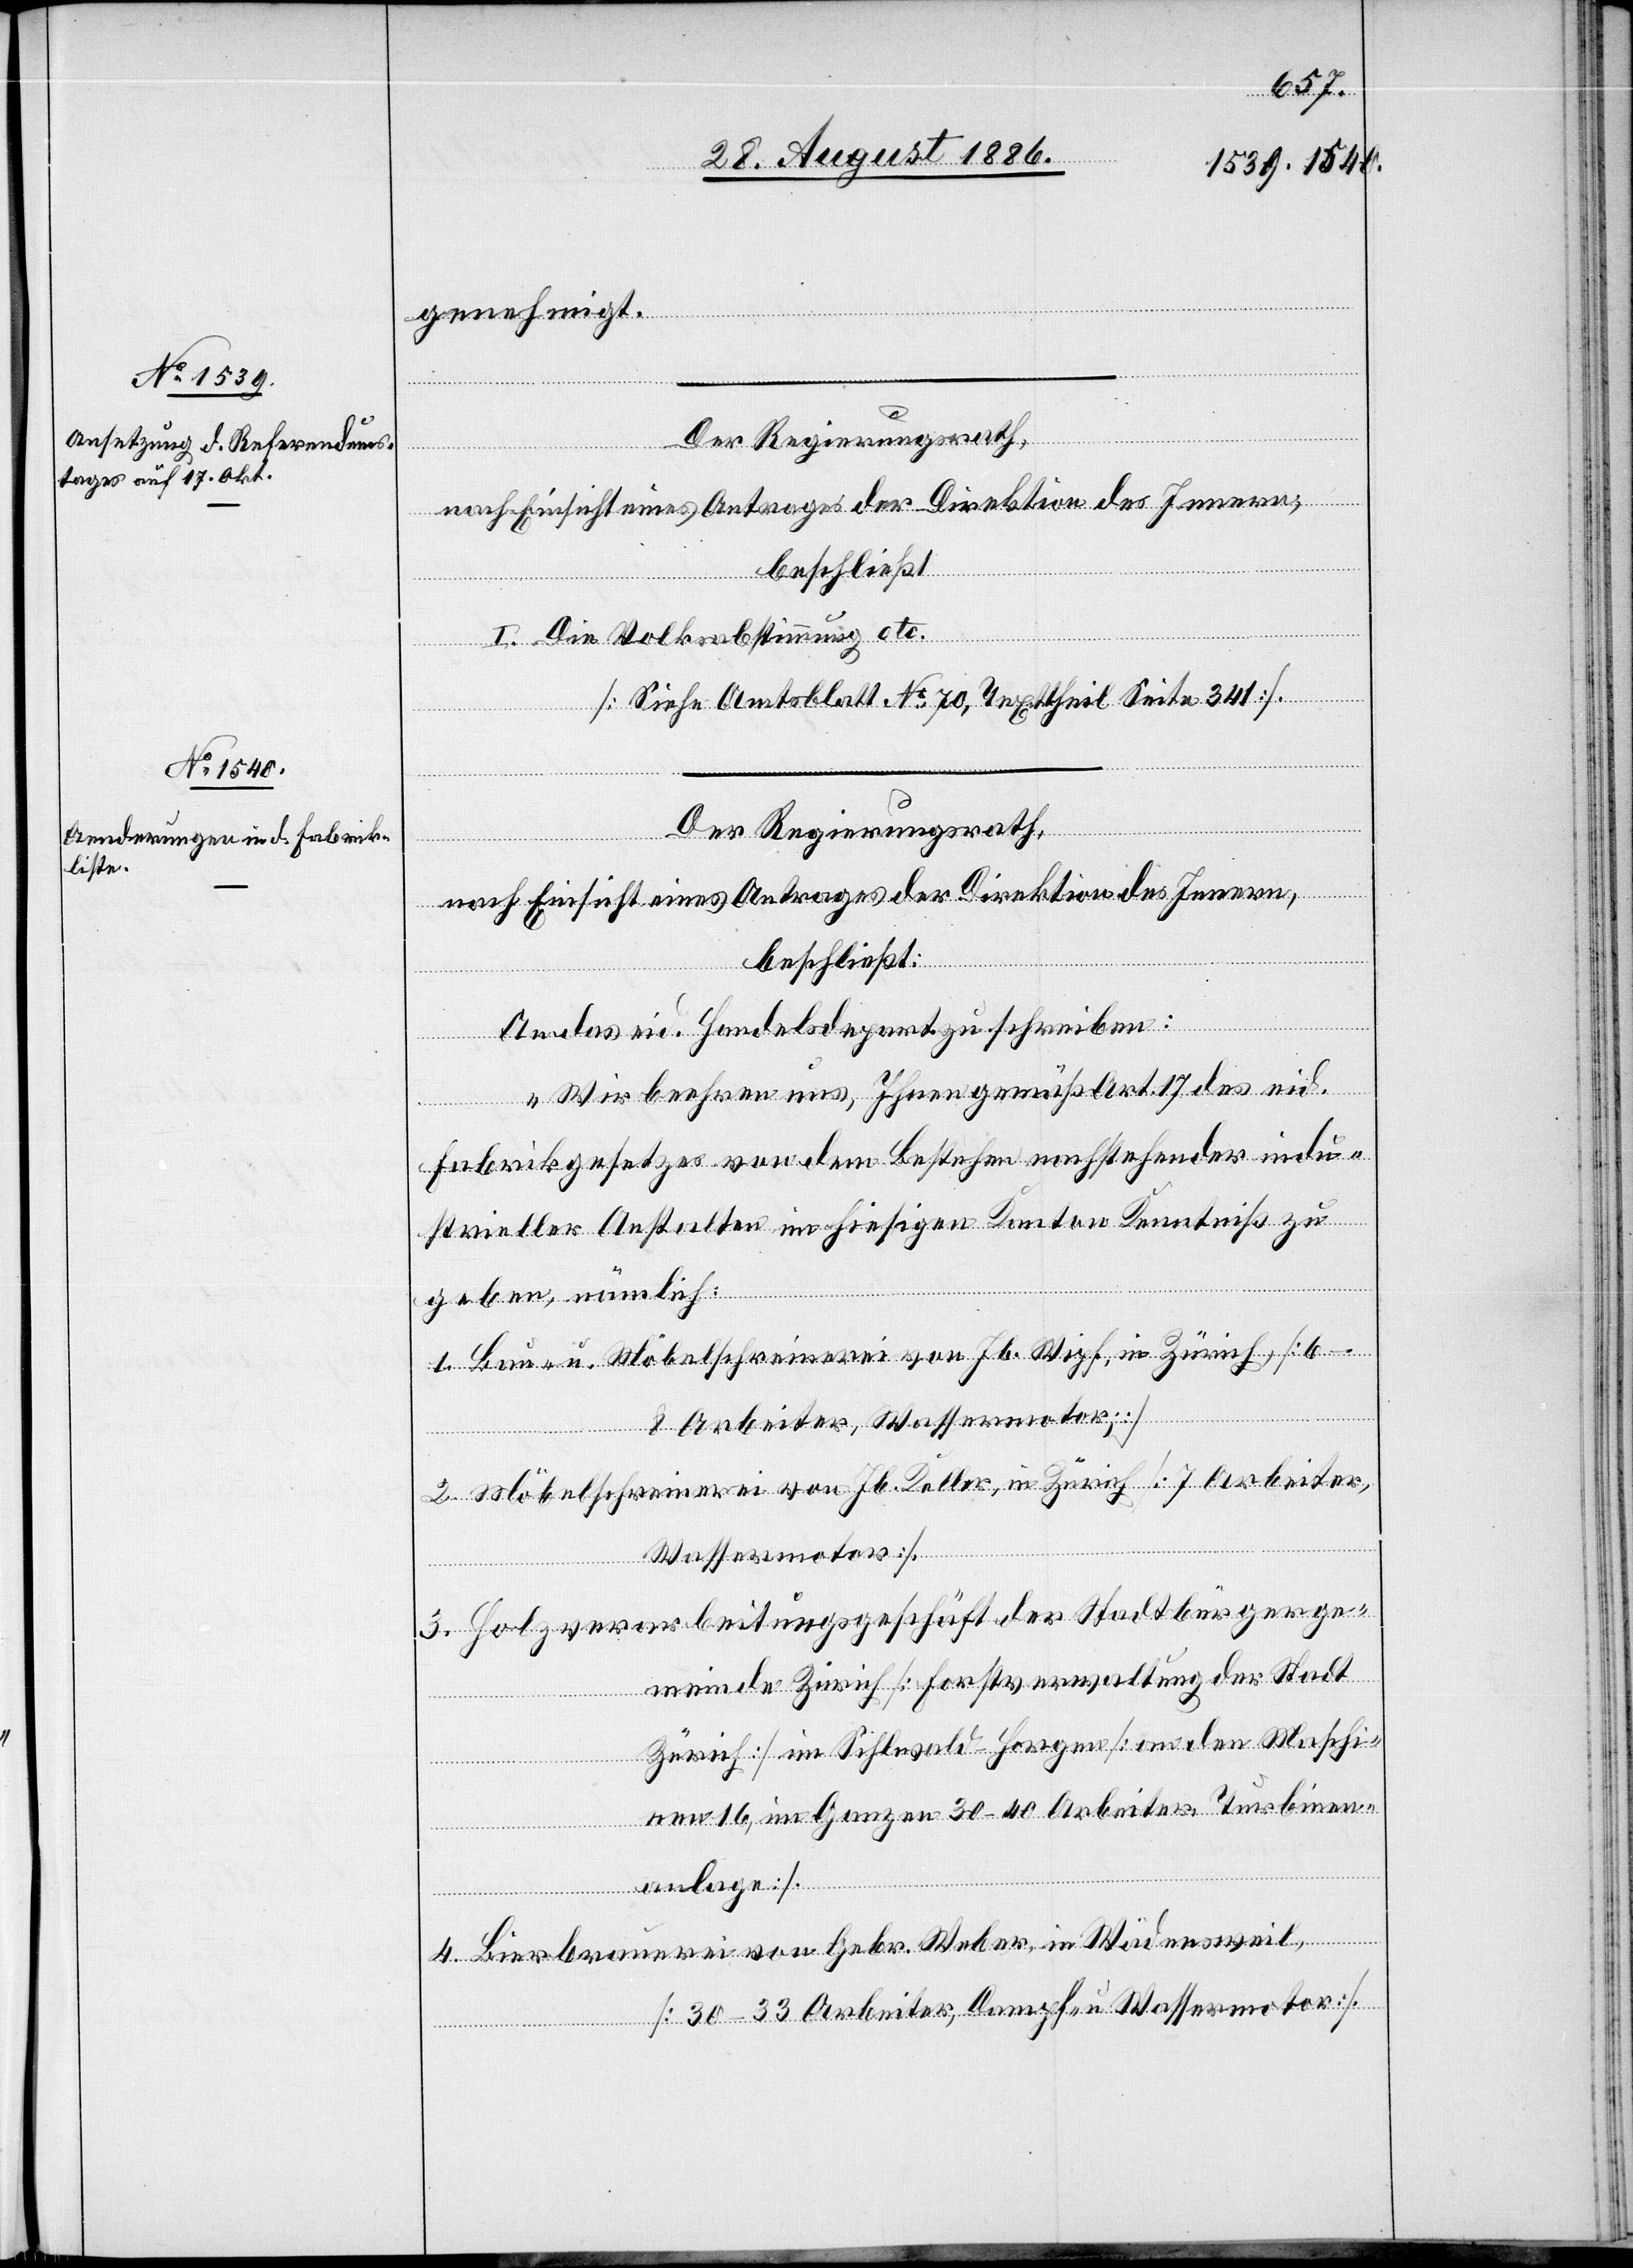
genehmigt.
I. Die Volksabstimmung etc.
[Siehe Amtsblatt No 70, Texttheil Seite 341].
Der Regierungsrath,
nach Einsicht eines Antrages der Direktion des Innern,
beschließt:
An das eid. Handelsdepartement zu schreiben:
„Wir beehren uns, Ihnen gemäß Art. 17 des eid.
Fabrikgesetzes von dem Bestehen nachstehender indu¬
strieller Anstalten im hiesigen Kanton Kenntniß zu
geben, nämlich:
1. Bau- u. Möbelschreinerei von Jb. Wipf, in Zürich [6–8
Arbeiter, Wassermotor];
2. Möbelschreinerei von Jb. Keller, in Zürich [7 Arbeiter,
Wassermotor].
3. Holzverarbeitungsgeschäft der Stadtbürgerge¬
meinde Zürich [Forstverwaltung der Stadt
Zürich] im Sihlwald - Horgen [an den Maschi¬
nen 16, im Ganzen 30–40 Arbeiter, Turbinen¬
anlage].
4. Bierbrauerei Gebr. Weber, in Wädensweil,
[30–33 Arbeiter, Dampf- u. Wassermotor].